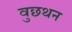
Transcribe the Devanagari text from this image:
वुछथन